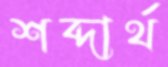
শব্দার্থ